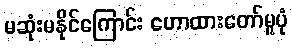
မဆုံးမနိုင်ကြောင်း ဟောထားတော်မူပုံ